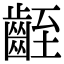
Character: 𪗻